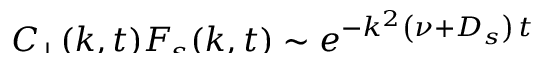
\smash { \ensuremath { C _ { \! \! \: \perp } } ( k , t ) \ensuremath { F _ { \! s } } ( k , t ) \sim e ^ { - k ^ { 2 } \left( \nu + D _ { s } \right) \, t } }